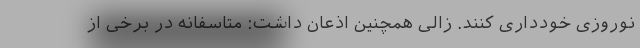
نوروزی خودداری کنند. زالی همچنین اذعان داشت: متاسفانه در برخی از